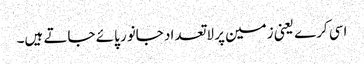
اسی کرے یعنی زمین پر لاتعداد جانور پائے جاتے ہیں۔